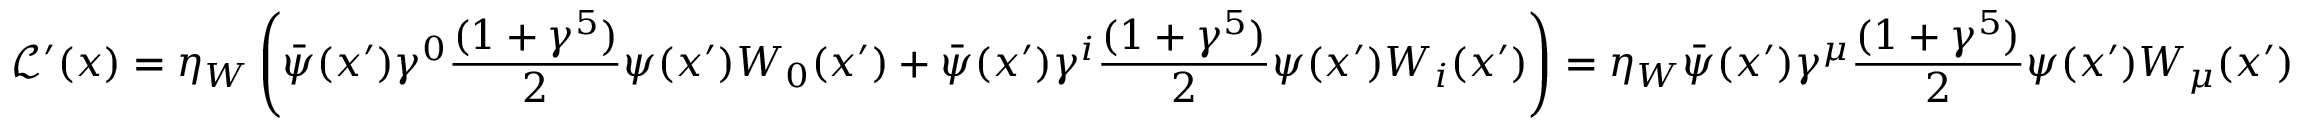
\mathcal { L } ^ { \prime } ( x ) = \eta _ { W } \left( \bar { \psi } ( x ^ { \prime } ) \gamma ^ { 0 } \frac { ( 1 + \gamma ^ { 5 } ) } { 2 } \psi ( x ^ { \prime } ) W _ { 0 } ( x ^ { \prime } ) + \bar { \psi } ( x ^ { \prime } ) \gamma ^ { i } \frac { ( 1 + \gamma ^ { 5 } ) } { 2 } \psi ( x ^ { \prime } ) W _ { i } ( x ^ { \prime } ) \right) = \eta _ { W } \bar { \psi } ( x ^ { \prime } ) \gamma ^ { \mu } \frac { ( 1 + \gamma ^ { 5 } ) } { 2 } \psi ( x ^ { \prime } ) W _ { \mu } ( x ^ { \prime } )